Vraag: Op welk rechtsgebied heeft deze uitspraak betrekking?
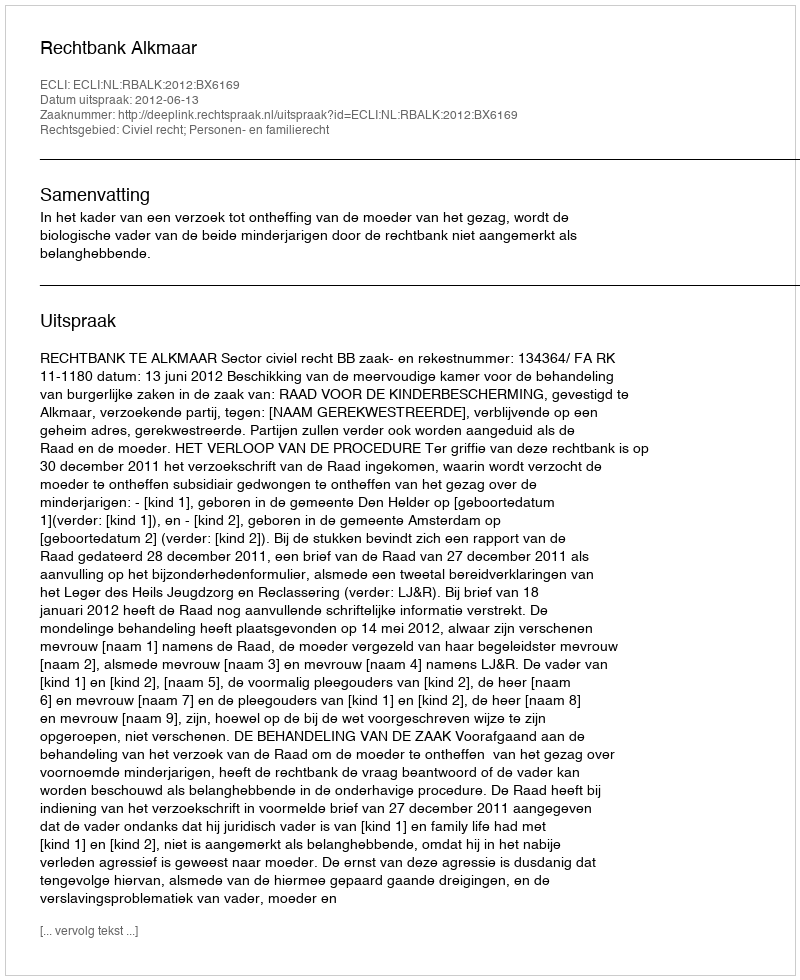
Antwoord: Civiel recht; Personen- en familierecht